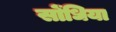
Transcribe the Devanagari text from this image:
सोंधिया